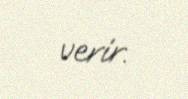
verir.